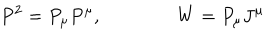
P ^ { 2 } = P _ { \mu } P ^ { \mu } , \qquad \qquad W = P _ { \mu } J ^ { \mu }